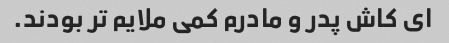
ای کاش پدر و مادرم کمی ملایم تر بودند.